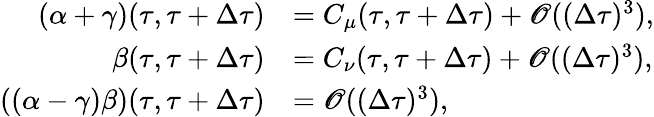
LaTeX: \begin{array}{rl}{\left(\alpha+\gamma\right)(\tau,\tau+\Delta\tau)}&{=C_{\mu}(\tau,\tau+\Delta\tau)+\mathscr{O}((\Delta\tau)^{3}),}\\ {\beta(\tau,\tau+\Delta\tau)}&{=C_{\nu}(\tau,\tau+\Delta\tau)+\mathscr{O}((\Delta\tau)^{3}),}\\ {\left((\alpha-\gamma)\beta\right)(\tau,\tau+\Delta\tau)}&{=\mathscr{O}((\Delta\tau)^{3}),}\end{array}